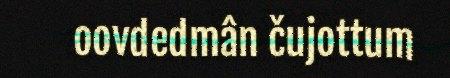
oovdedmân čujottum